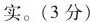
实。(3分)